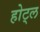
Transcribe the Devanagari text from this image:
होट्ल